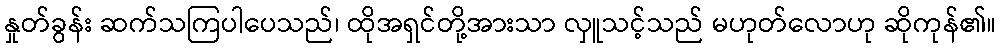
နှုတ်ခွန်း ဆက်သကြပါပေသည်၊ ထိုအရှင်တို့အားသာ လှူသင့်သည် မဟုတ်လောဟု ဆိုကုန်၏။